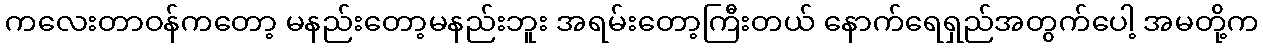
ကလေးတာဝန်ကတော့ မနည်းတော့မနည်းဘူး အရမ်းတော့ကြီးတယ် နောက်ရေရှည်အတွက်ပေါ့ အမတို့က